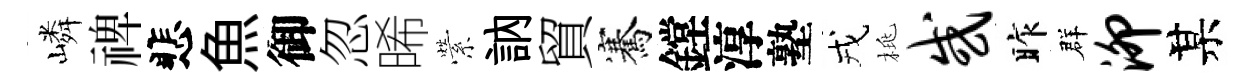
嶙禆悲魚御忽晞縈訥貿騫鏜淳塾戎桃或昨群泖某